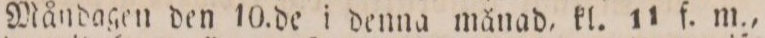
Måndagen den 10. de i denna månad, kl. 11 f. m.,